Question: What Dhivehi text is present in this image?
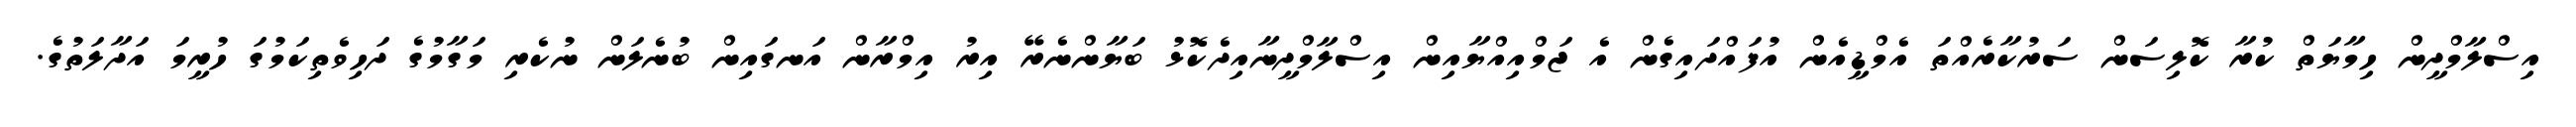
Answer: އިސްލާމްދީން ހިމާޔަތް ކުރާ ކޮލިސަން ސަރުކާރެއްތަ އެމްޑީއެން އުފައްދައިގެން އެ ޖަމްއިއްޔާއިން އިސްލާމްދީނާއިދެކޮޅު ބަޔާންނެރޭ އިރު އިމްރާން އަނގައިން ބުނެލަން ނުކެރި މަގާމުގެ ދަހިވެތިކަމުގަ ހުރީމަ އަދާލަތުގެ.